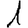
Digit: 1